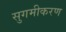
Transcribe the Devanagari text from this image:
सुगमीकरण